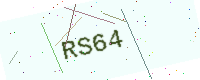
Text: RS64